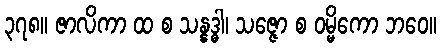
၃၇၈။ ဇာလိကာ ထ စ သန္နဒ္ဓါ၊ သဇ္ဇော စ ဝမ္မိကော ဘဝေ။